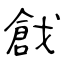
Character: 戧